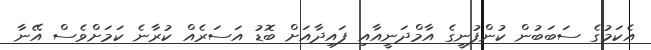
އެކަމުގެ ސަބަބުން ކުންފުނީގެ އާމްދަނީއާއި ފައިދާއަށް ބޮޑު އަސަރެއް ކުރާނެ ކަމަށްވެސް އޭނާ